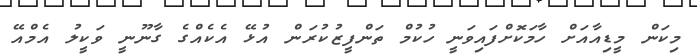
މިކަން މީޑިއާއަށް ހާމަކޮށްފައިވަނީ ހުކުމް ތަންފީޒުކުރަން އުޅޭ އެކެއްގެ ގާނޫނީ ވަކީލު އެމްއޭ